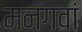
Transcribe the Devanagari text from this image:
मनगवां